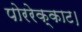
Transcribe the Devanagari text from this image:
पोररेक्काट।